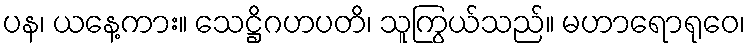
ပန၊ ယနေ့ကား။ သေဋ္ဌိဂဟပတိ၊ သူကြွယ်သည်။ မဟာရောရုဝေ၊